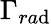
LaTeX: \Gamma_{ra\mathrm{d}}